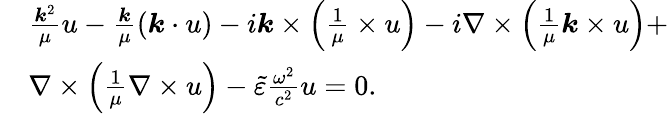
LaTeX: \begin{array}{rl}&{\frac{\boldsymbol{k}^{2}}{\mu}u-\frac{\boldsymbol{k}}{\mu}(\boldsymbol{k}\cdot u)-i\boldsymbol{k}\times\left(\frac{1}{\mu}\times u\right)-i\nabla\times\left(\frac{1}{\mu}\boldsymbol{k}\times u\right)+}\\ &{\nabla\times\left(\frac{1}{\mu}\nabla\times u\right)-\tilde{\varepsilon}\frac{\omega^{2}}{c^{2}}u=0.}\end{array}